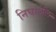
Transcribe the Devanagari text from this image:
निघालेलि